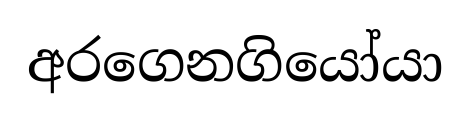
අරගෙනගියෝයා